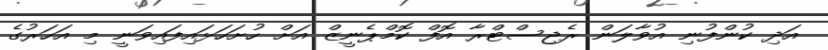
އަދި ކުންފުނި އުވާލަން ރެޖިސްޓްރާ އޮފް ކޮމްޕެނީޒް އަށް ހުށަހަޅައިފައިވަނީ މި އަހަރުގެ